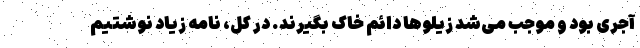
آجری بود و موجب می‌شد زیلوها دائم خاک بگیرند. در کل، نامه زیاد نوشتیم